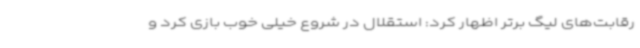
رقابت‌های لیگ برتر اظهار کرد: استقلال در شروع خیلی خوب بازی کرد و